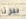
بيرثا